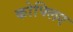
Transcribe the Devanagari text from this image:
कोफ्लिए